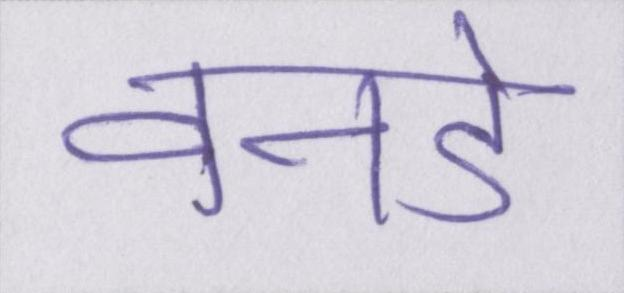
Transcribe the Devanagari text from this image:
वनडे